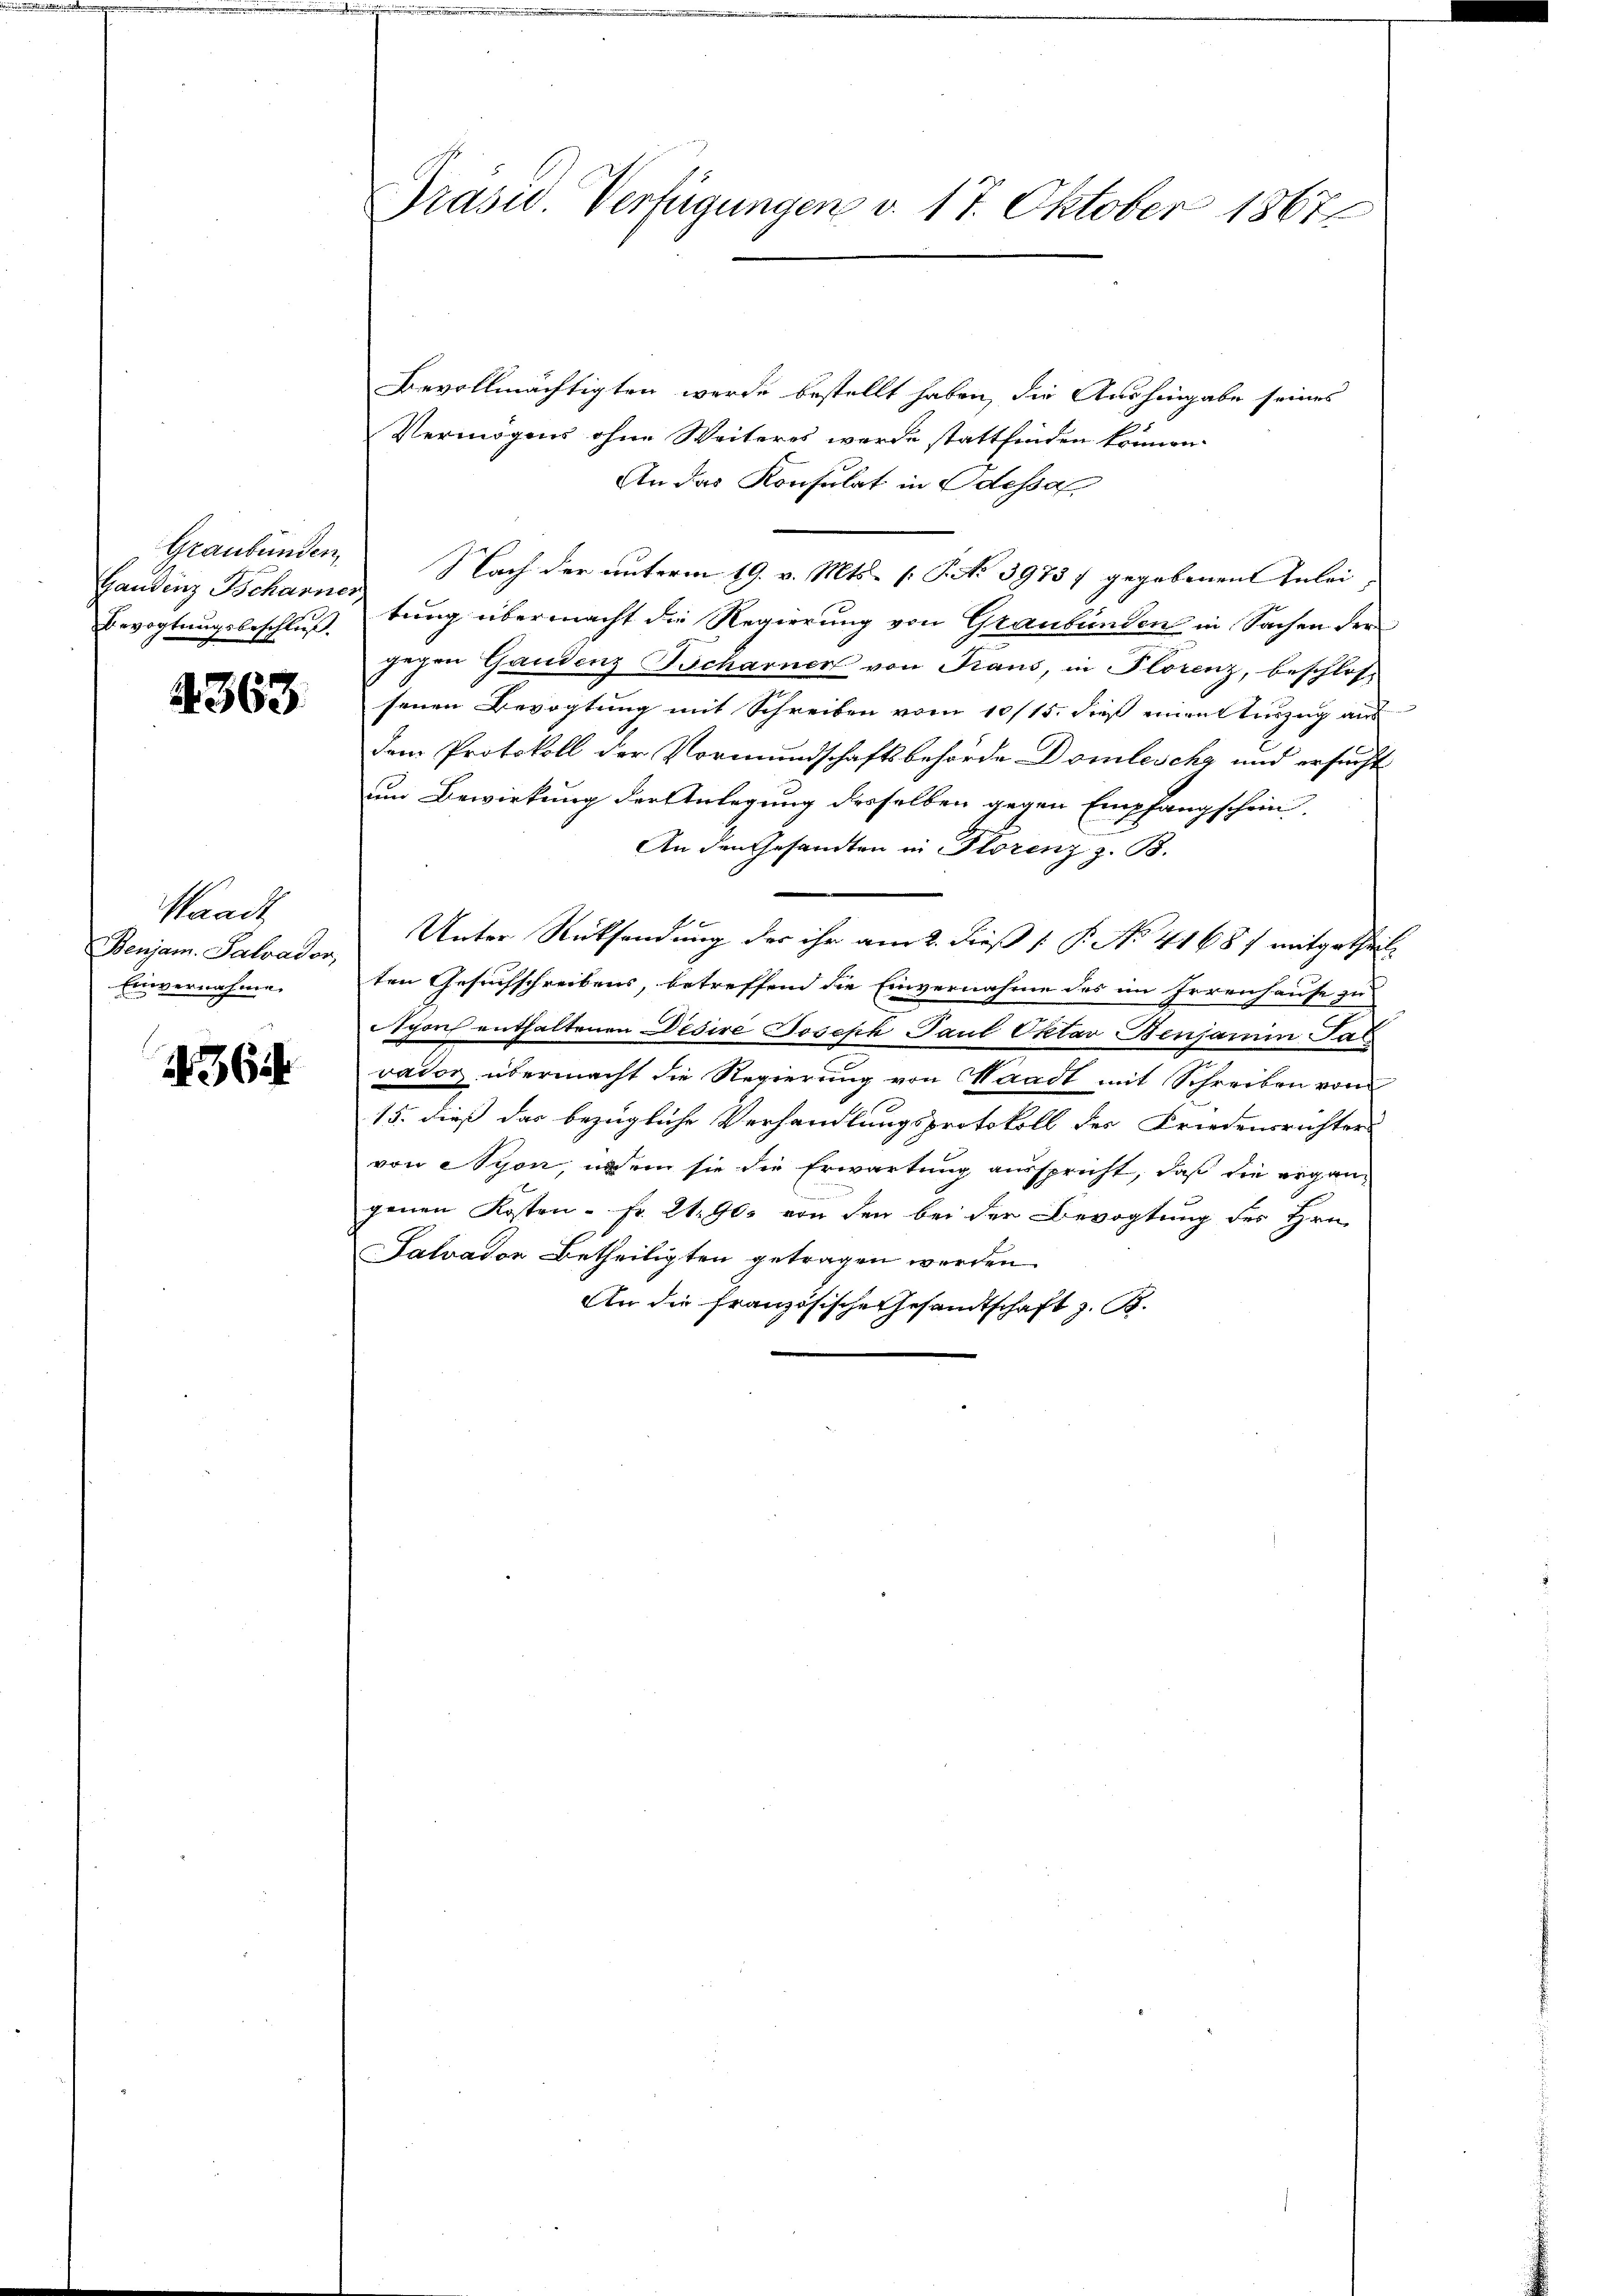
Graubünden,
Handenz Scharner

4363.

Waadt
Benjam. Salvador,
Einvernahme.

4364

Präsid. Verfügungen v. 17. Oktober 1867

Bevollmächtigten werde bestellt haben, die Aushingabe seines
Vermögens ohne Weiteres werde stattfinden können.
An das Konsulat in Odessa
Nach der unterm 19. v. Mts. [S. No 3973 7 gegebenen Anlei¬
Bevogtungsbeschluß. tung übermacht die Regierung von Graubünden in Sachen der
gegen Gandenz Scharner von Traus, in Plorenz, beschlos
senen Bevogtung mit Schreiben vom 10/15. dieß einen Auszug aus
dem Protokoll der Vormundschaftsbehörde Domlesche und ersucht
um Bewirkung der Anlegung desselben gegen Empfangschein
An den Gesandten in Florenz z. B.
Unter Rücksendung der ihr am 2. dieß ( P. No 41687 mitgetheilt
ten Gesuchschreibens, betreffend die Einvernahme des im Irrenhause zu
Sporch enthaltenen Disire Joseph Paul Oktav Benjamin Pas
vator übermacht die Regierung von Waadt mit Schreiben vom
15. dieß das bezügliche Verhandlungsprotokoll des Friedensrichter
von Nyon, indem sie die Erwartung ausspricht, daß die ergangenen Kosten - Fr. 21900 von den bei der Bevogtung des Hrn.
Salvadon Betheiligten getragen werden.
An die französische Gesandtschaft z. B.